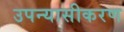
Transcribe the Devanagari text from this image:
उपन्‍यासीकरण